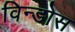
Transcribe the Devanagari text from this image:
विन्डोस